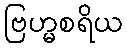
ဗြဟ္မစရိယ